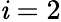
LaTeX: \mathit{i}=2